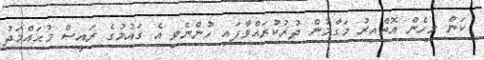
ކަން މިހެން އޮތްއިރު މަގާމުން ދުރުކުރައްވާފައި ހުންނެވި އެ ގައުމުގެ ރައީސް މުޙައްމަދު